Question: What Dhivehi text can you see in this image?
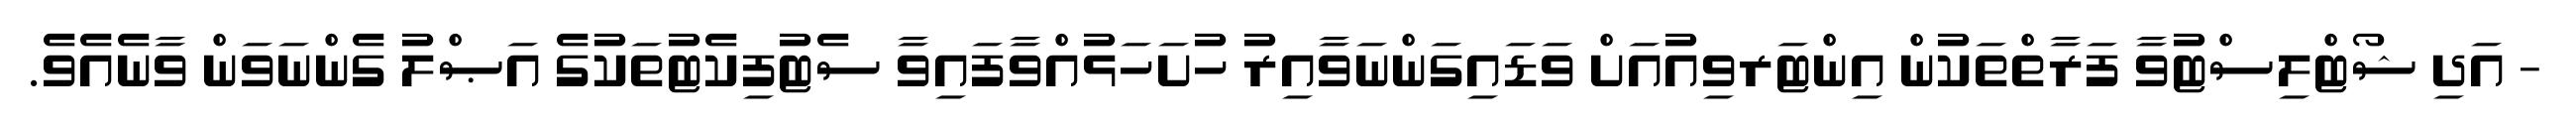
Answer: - އަދި ޝޯޓްލިސްޓުވާ ފަރާތްތަކުން އިންޓަރވިއުއަށް ވަޑައިގަންނަވާއިރު ހުށަހަޅުއްވާފައިވާ ސެޓުފިކެޓުތަކުގެ އަޞްލު ގެންނަވަން ވާނެއެވެ.